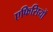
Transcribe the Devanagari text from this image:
एफिसियों